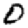
Digit: 0